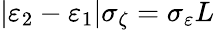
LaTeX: |\varepsilon_{2}-\varepsilon_{1}|\sigma_{\zeta}=\sigma_{\varepsilon}L